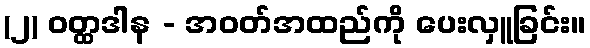
(၂) ဝတ္ထဒါန - အဝတ်အထည်ကို ပေးလှူခြင်း။